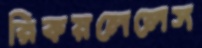
রিকয়লেলেস